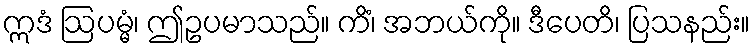
ဣဒံ ဩပမ္မံ၊ ဤဥပမာသည်။ ကိံ၊ အဘယ်ကို။ ဒီပေတိ၊ ပြသနည်း။